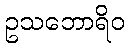
ဥသဘောရိဝ